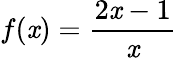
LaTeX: f(\mathit{x})={\frac{{2\mathit{x}-1}}{{\mathit{x}}}}